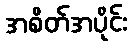
အစိတ်အပိုင်း